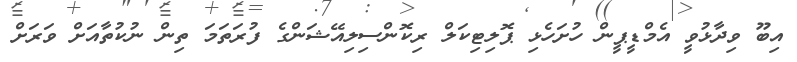
އިބޫ ވިދާޅުވީ އެމްޑީޕީން ހުށަހެޅި ޕޮލިޓިކަލް ރިކޮންސިލިއޭޝަންގެ ފުރަތަމަ ތިން ނުކުތާއަށް ވަރަށް